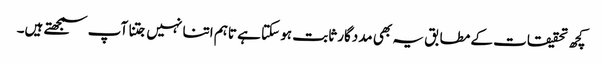
کچھ تحقیقات کے مطابق یہ بھی مددگار ثابت ہو سکتا ہے تاہم اتنا نہیں جتنا آپ سمجھتے ہیں۔